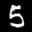
Label: 5